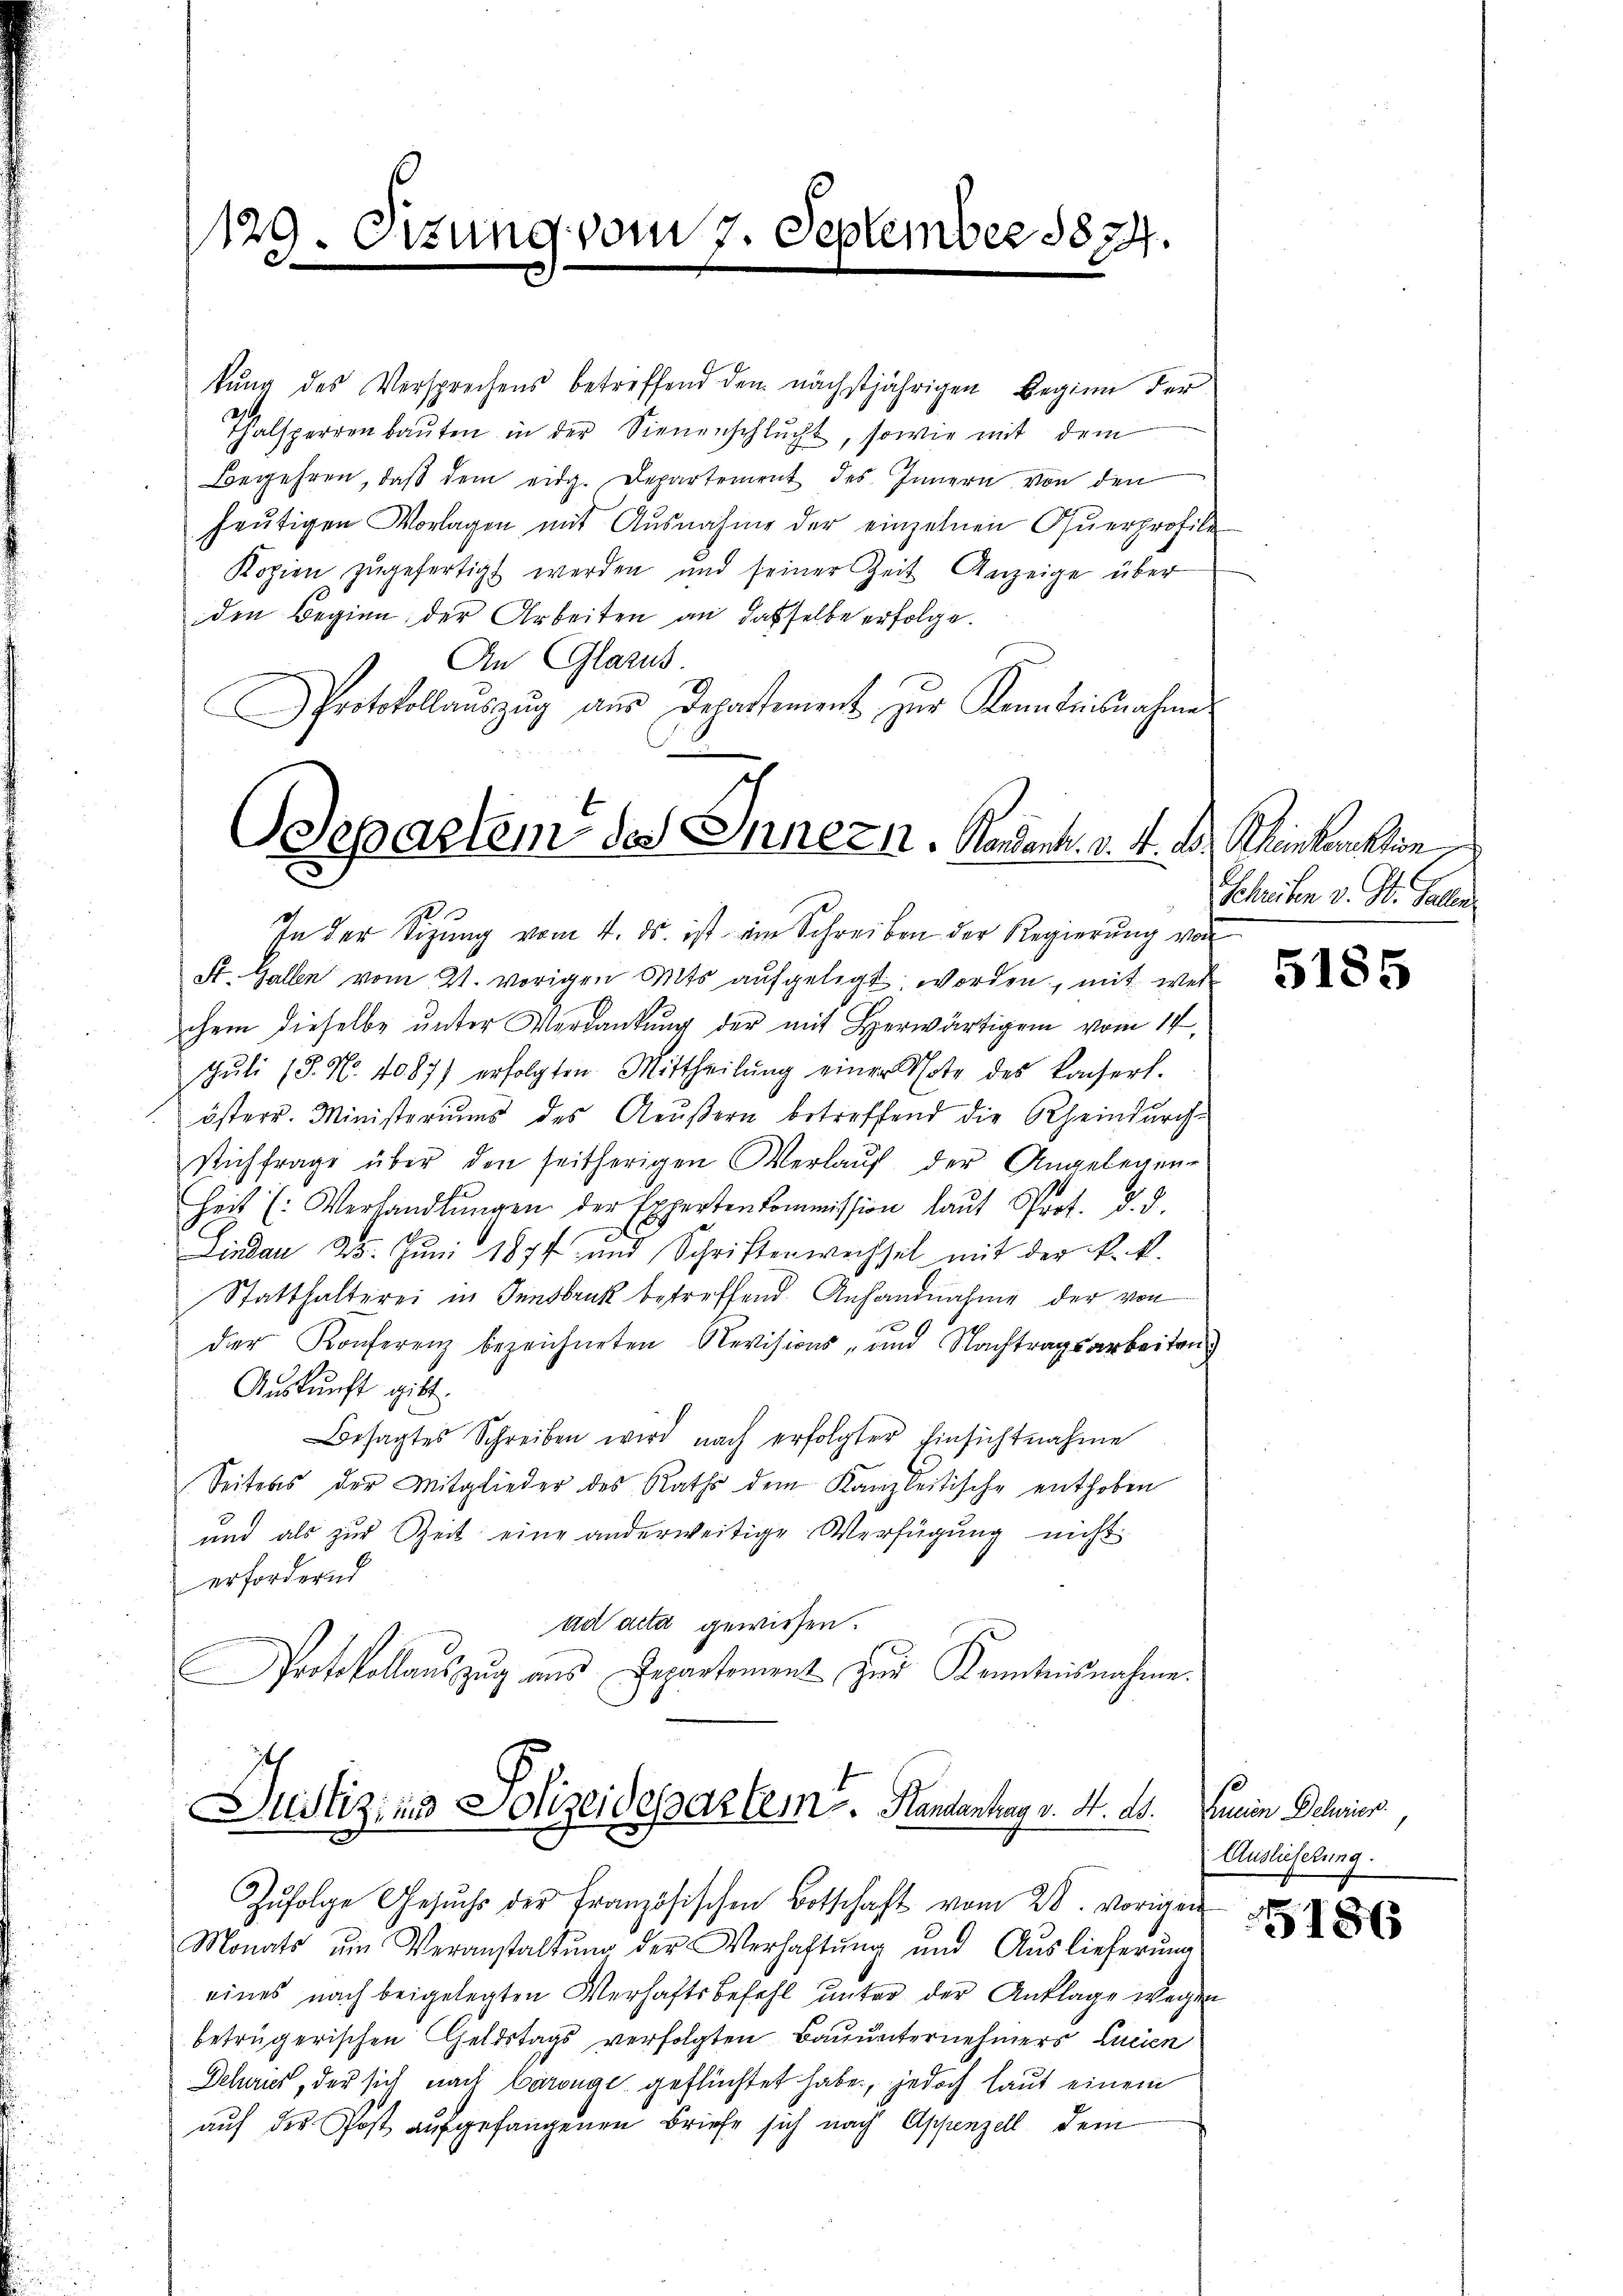
129. Oizung vom 7. September 1874.

kung des Versprechens betreffend den nächstjährigen Beginn der
Thalsperren baŭten in der Sienenschlucht, sowie mit dem
Begehren, daß dem eidg. Departement des Innern von den
heutigen Vorlagen mit Ausnahme der einzelnen Querprofile
Kopien zŭgefertigt werden und seiner Zeit Anzeige über
den Beginn der Arbeiten an dasselbe erfolge.
An Glarus.
Protokollauszug aus Departement zur Kenntnisnahme

Separtem des Innern. Kardank. v. M. D. Rheinkenaktion
.

In der Sitzung vom 4. ds. ist im Schreiben der Regierung vor
St. Gallen vom 21. vorigen Mits aufgelegt worden, mit wer
chem dieselbe unter Verdankung der mit Herwärtigen vom 14.
Jŭli (3. No. 4087) erfolgten Mittheilŭng einer Note des konserl.
österr. Ministeriums des Aeußern betreffend die Rheindurch-
sich frage über den seitherigen Verlauf der Angelegen-
heit (Verhandlŭngen der Expertenkommission laŭt Prot. d. d.
Lindau 25. Juni 1877 und Schriftenwechsel mit der k. k.
Statthalterei in Fensbruk betreffend Anhandnahme der von
der Konferenz bezeichneten Revisions- und Nachtragsarbeiten
Auskunft gibt.
Besagtes Schreiben wird nach erfolgter Einsichtnahme
Seitens der Mitglieder des Raths dem Kanzleitische enthoben
und als zur Zeit eine anderweitige Verfügung nicht
erfordernd
ad acta gewiesen.
Protokollauszug aus Repartement zur Kenntnisnahme.

Justiz und Solizeidepartem. Handantrag v. 4. ds.

Zŭfolge Gesŭch der Französischen Botschaft vom 28. vorigen
Monats um Veranstaltung der Verhaftung und Auslieferung
eines nach beigelegten Verhaftsbefehl unter der Anklage wegen
betrügerischen Geldstags verfolgten Bauunternehmers Lucien
Dehaus, der sich nach Carouge geflüchtet habe, jedoch laut einem
auf des Post aufgefangenen Briefe sich nach Appenzell dem

Schreiben v. St. Gallen

5185

hunin Delwies.
Auslieferung.

5186